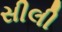
સીલી